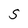
Character: S